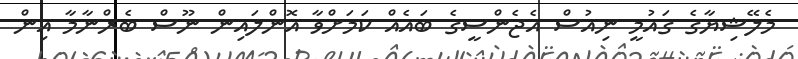
މެލޭޝިޔާގެ ގައުމީ ނިއުސް އެޖެންސީގެ ބައެއް ކަމަށްވާ އޮންލައިން ނޫސް ބެރްނާމާ އިން